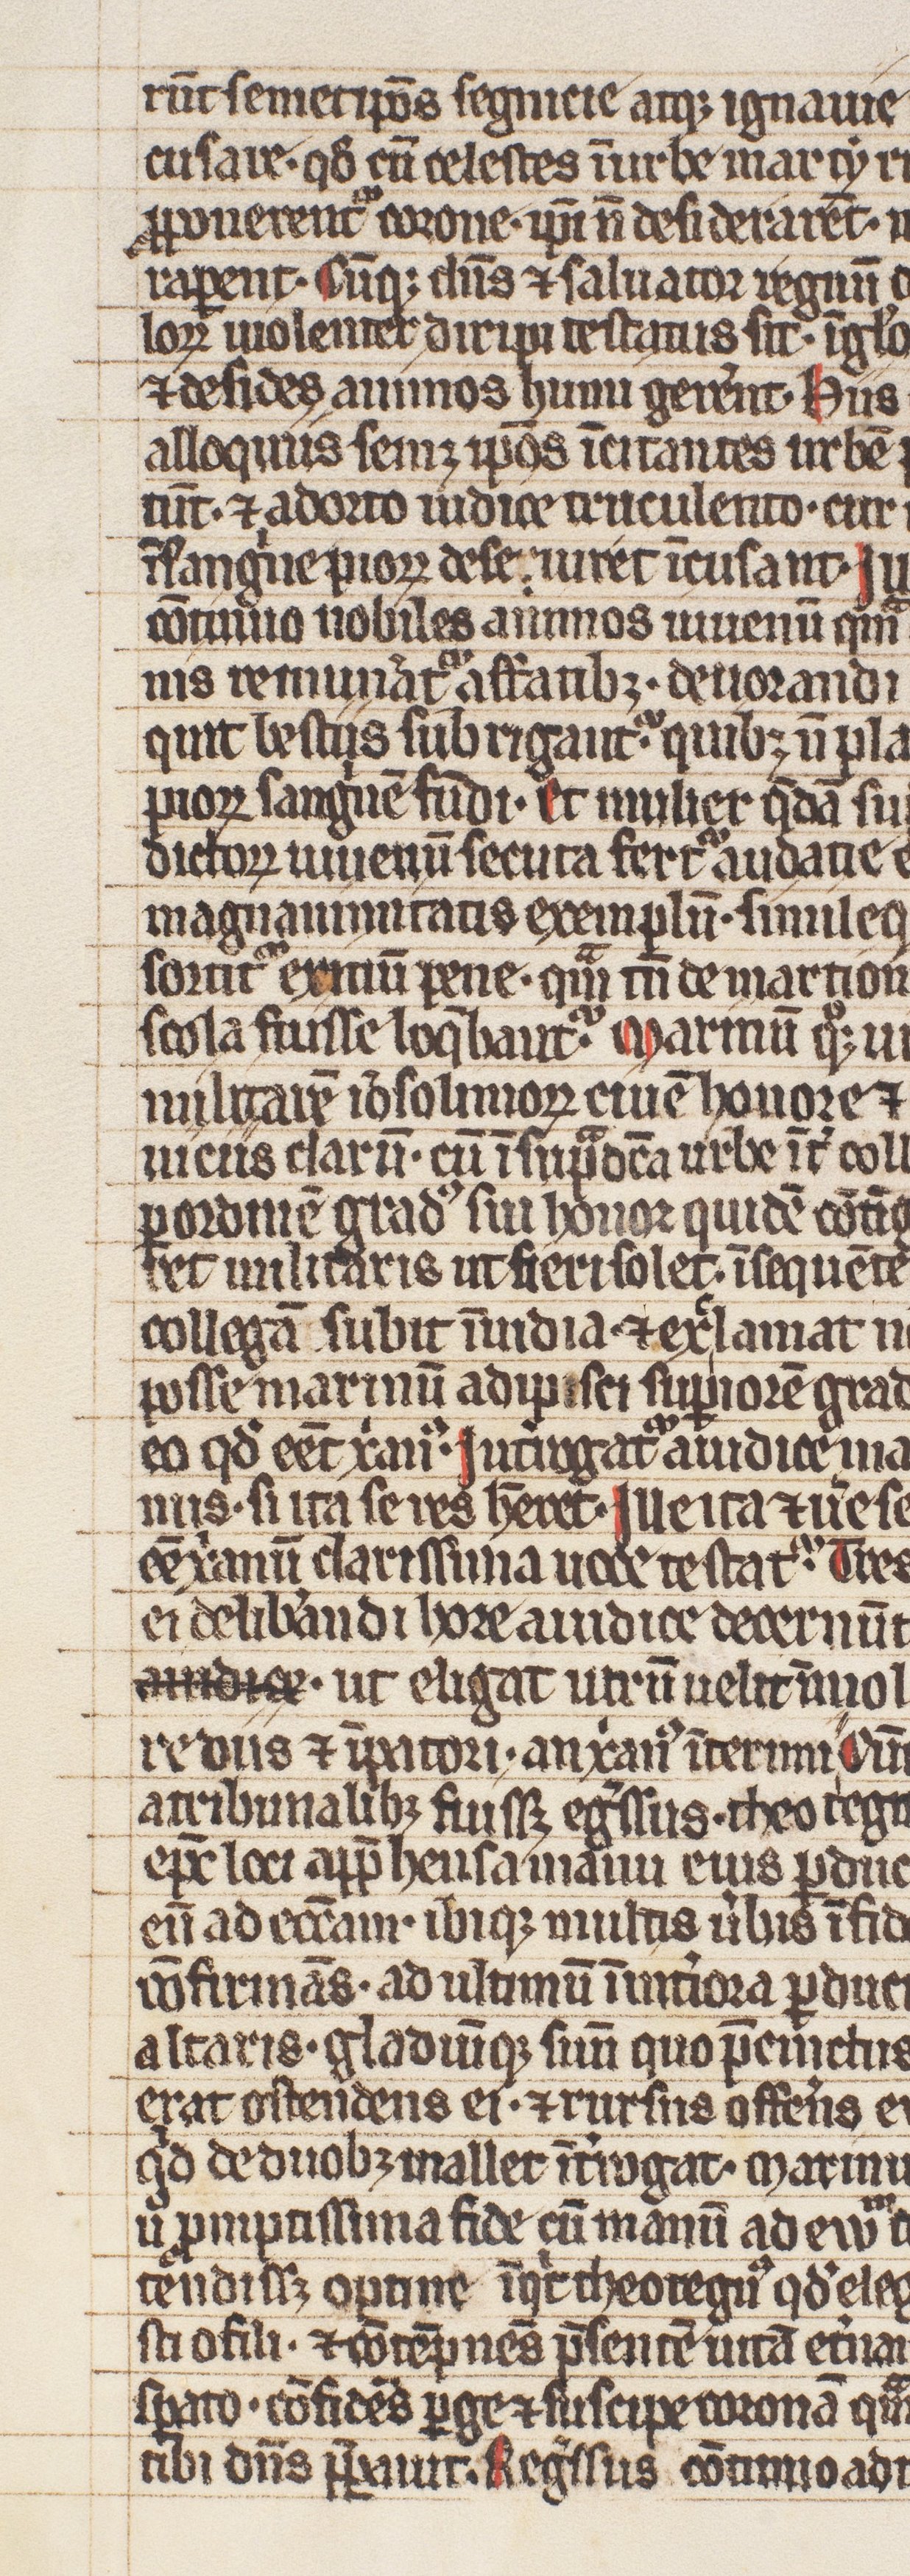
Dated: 1300–1399